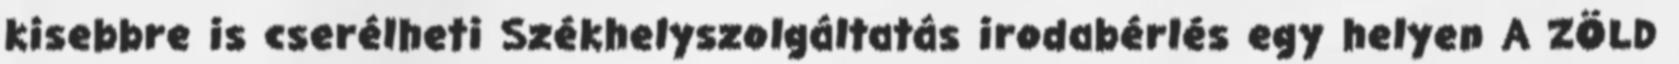
kisebbre is cserélheti Székhelyszolgáltatás irodabérlés egy helyen A ZÖLD